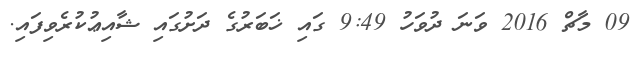
09 މާޗް 2016 ވަނަ ދުވަހު 9:49 ގައި ޚަބަރުގެ ދަށުގައި ޝާއިޢުކުރެވިފައި.